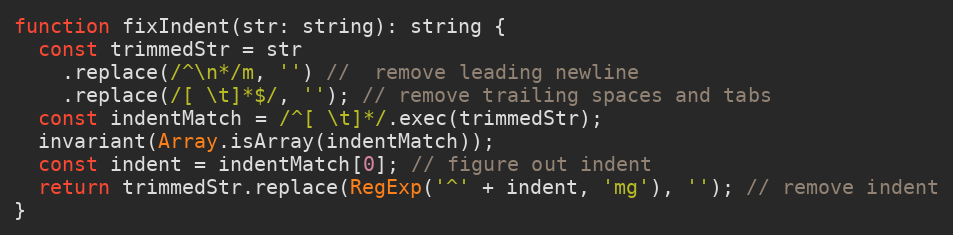
Language: JavaScript
function fixIndent(str: string): string {
  const trimmedStr = str
    .replace(/^\n*/m, '') //  remove leading newline
    .replace(/[ \t]*$/, ''); // remove trailing spaces and tabs
  const indentMatch = /^[ \t]*/.exec(trimmedStr);
  invariant(Array.isArray(indentMatch));
  const indent = indentMatch[0]; // figure out indent
  return trimmedStr.replace(RegExp('^' + indent, 'mg'), ''); // remove indent
}